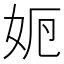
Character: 𡛣